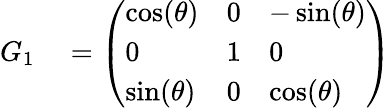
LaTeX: \begin{array}{rl}{G_{1}}&{{}={\left(\begin{array}{lll}{\cos(\theta)}&{0}&{-\sin(\theta)}\\ {0}&{1}&{0}\\ {\sin(\theta)}&{0}&{\cos(\theta)}\end{array}\right)}}\end{array}